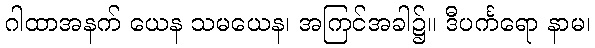
ဂါထာအနက် ယေန သမယေန၊ အကြင်အခါ၌။ ဒီပင်္ကရော နာမ၊